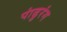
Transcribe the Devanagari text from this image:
पांढुरंग